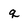
Character: q